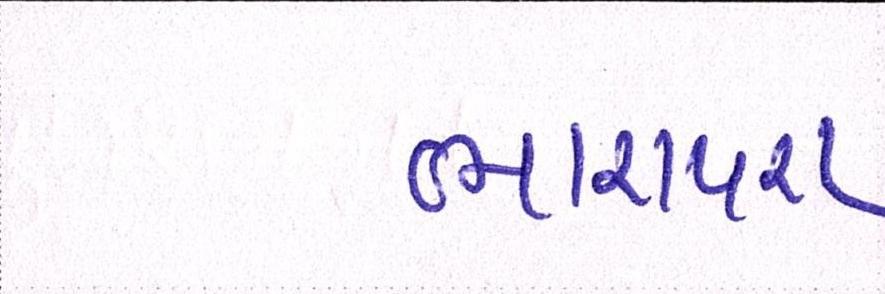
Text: ભારાપરા